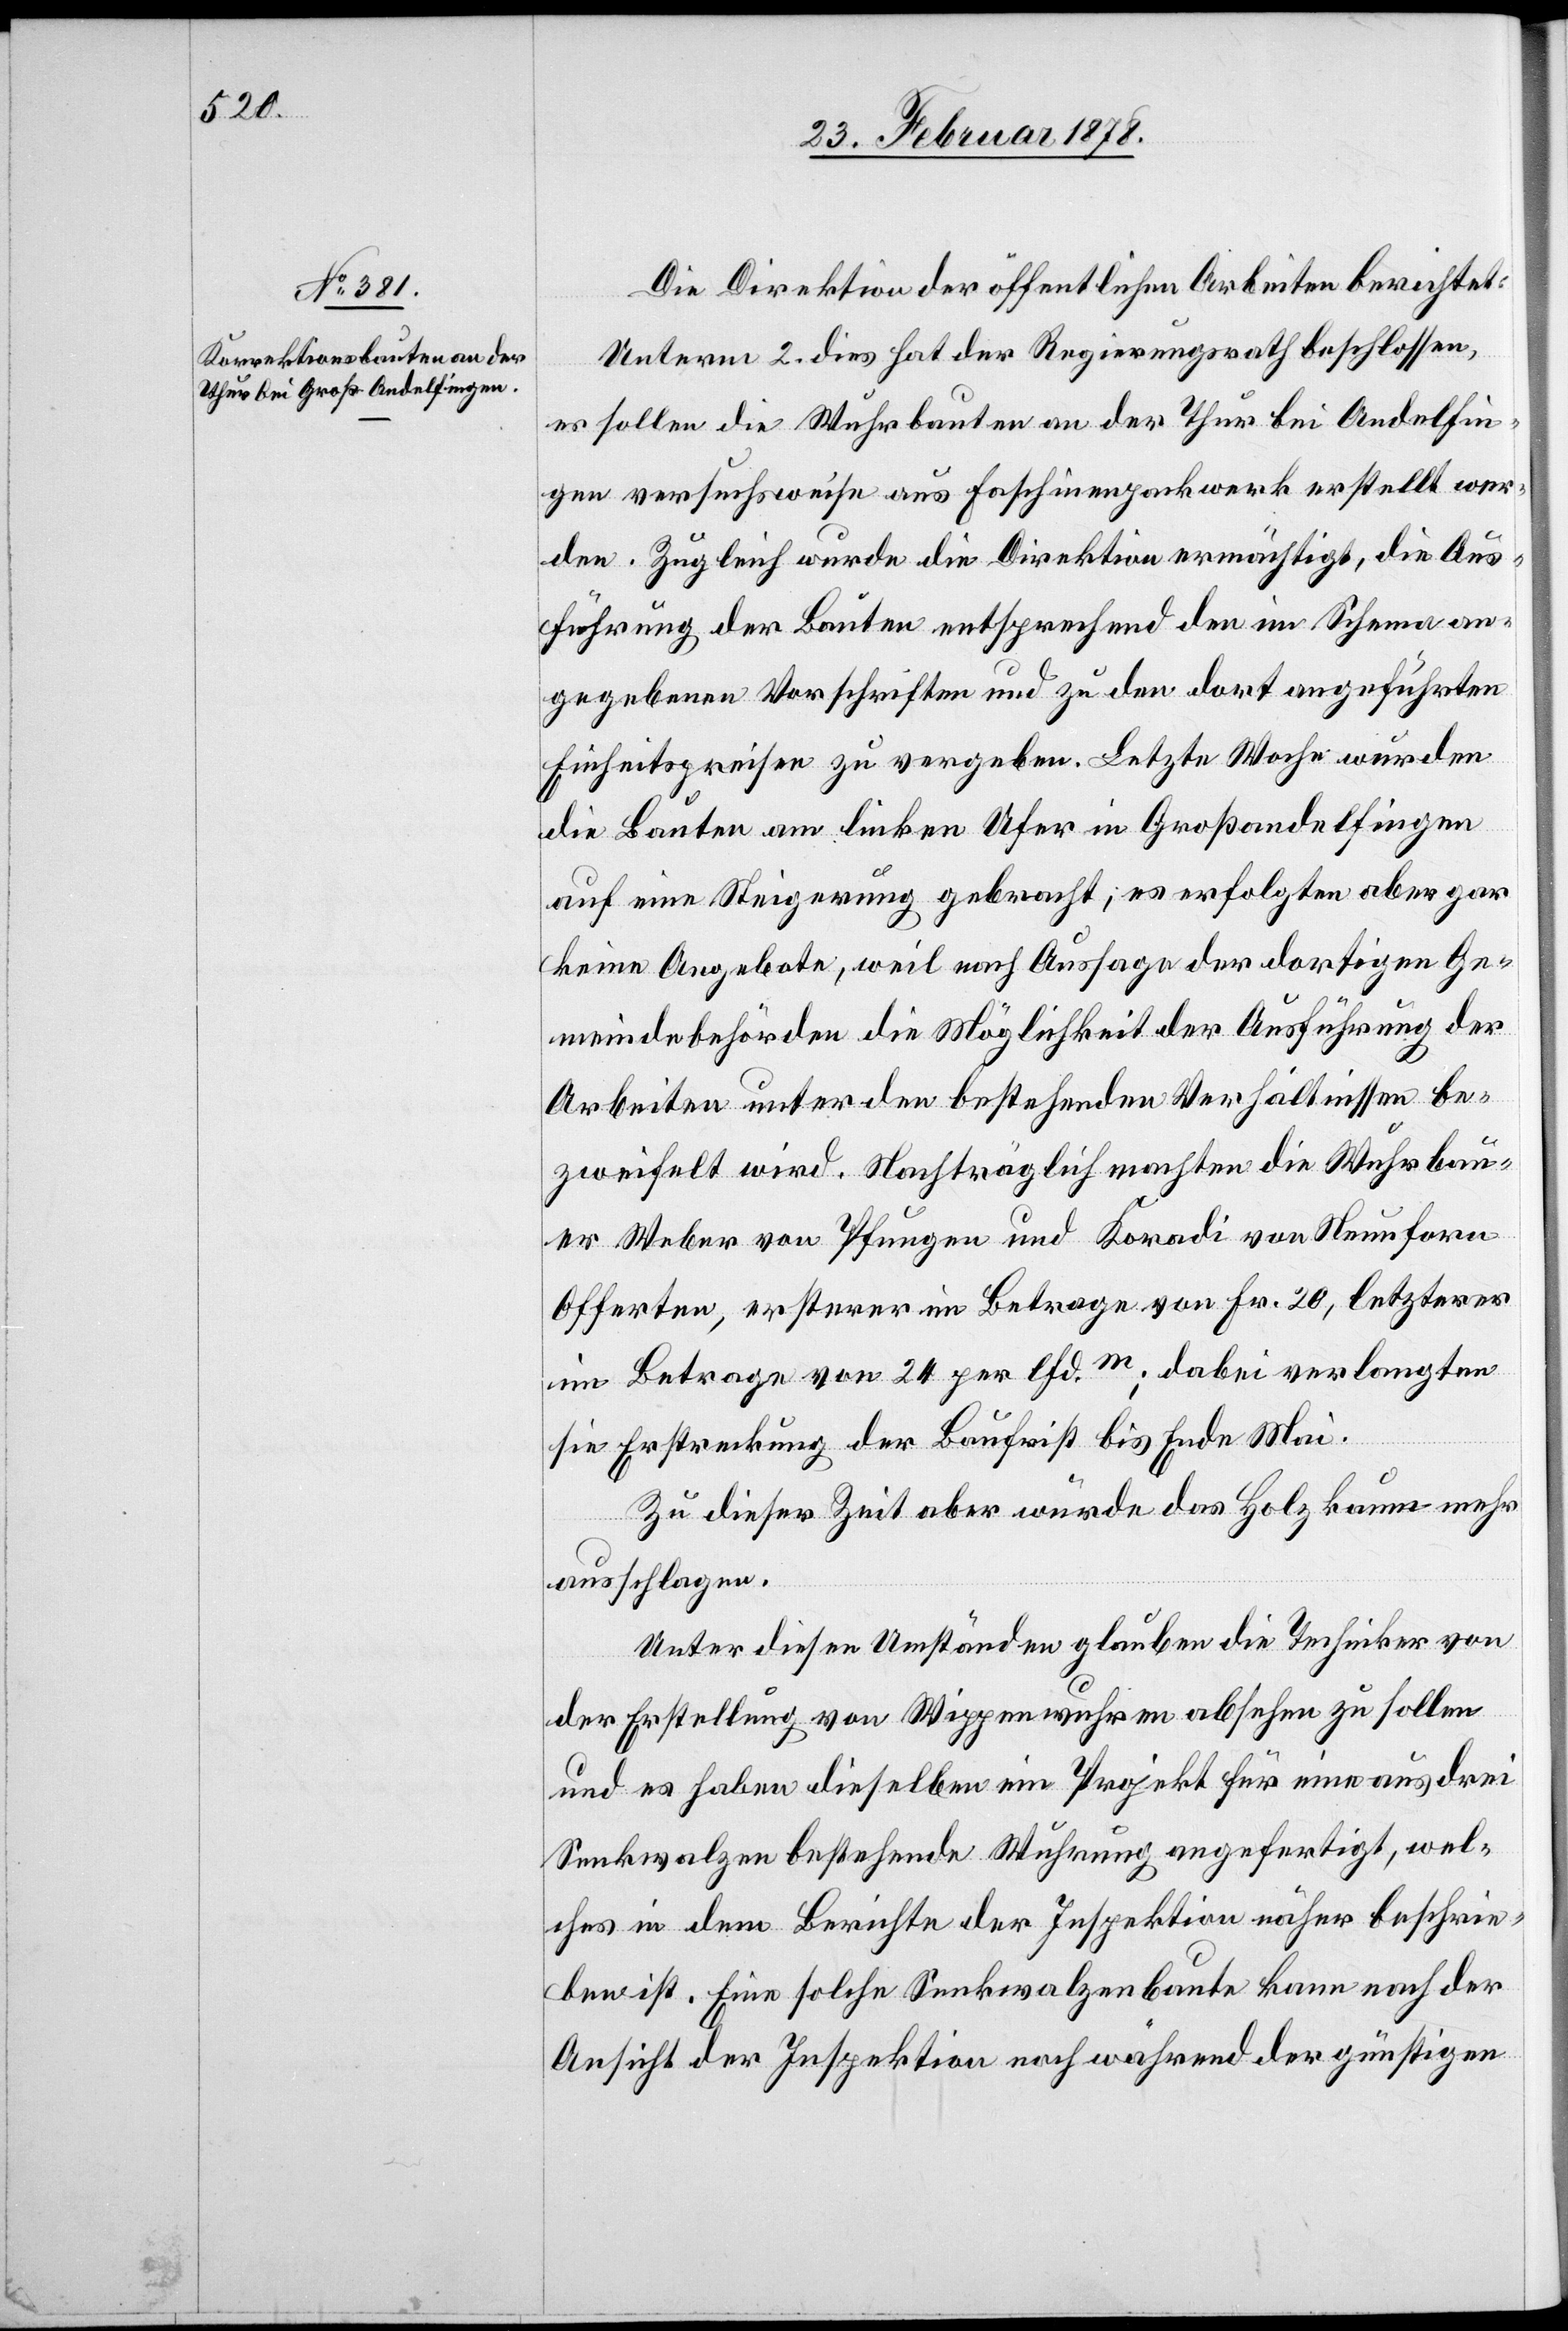
Die Direktion der öffentlichen Arbeiten berichtet:
Unterm 2. dies hat der Regierungsrath beschlossen,
es sollen die Wuhrbauten an der Thur bei Andelfin¬
gen versuchsweise aus Faschinenpackwerk erstellt wer¬
den. Zugleich wurde die Direktion ermächtigt, die Aus¬
führung der Baute entsprechend den im Schema an¬
gegebenen Vorschriften und zu den dort angeführten
Einheitspreisen zu vergeben. Letzte Woche wurden
die Bauten am linken Ufer in Großandelfingen
auf eine Steigerung gebracht; es erfolgten aber gar
keine Angebote, weil nach Aussage der dortigen Ge¬
meindebehörden die Möglichkeit der Ausführung der
Arbeiten unter den bestehenden Verhältnissen be¬
zweifelt wird. Nachträglich machten die Wuhrbau¬
er Weber von Pfungen und Koradi von Neuforn
Offerten, ersterer im Betrage von Fr. 20, letzterer
im Betrage von 24 per lfd.m; dabei verlangten
sie Erstreckung der Baufrist bis Ende Mai.
Zu dieser Zeit aber würde das Holz kaum mehr
ausschlagen.
Unter diesen Umständen glauben die Techniker von
der Erstellung von Wippenwuhren absehen zu sollen
und es haben dieselben ein Projekt für eine aus drei
Senkwalzen bestehende Wuhrung angefertigt, wel¬
ches in dem Berichte der Inspektion näher beschrie¬
ben ist. Eine solche Senkwalzenbaute kann nach der
Ansicht der Inspektion noch während der günstigen